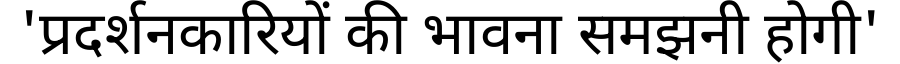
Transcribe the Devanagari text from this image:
'प्रदर्शनकारियों की भावना समझनी होगी'